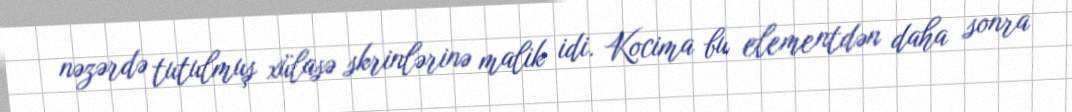
nəzərdə tutulmuş xülasə skrinlərinə malik idi. Kocima bu elementdən daha sonra